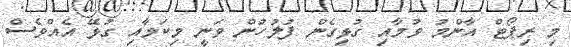
މި ރިޕޯޓް އާންމު ވުމާއި ގުޅިގެން ފުލުހުން ވަނީ މިކަމާއި ގުޅޭ އެއްވެސް